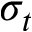
\sigma _ { t }